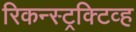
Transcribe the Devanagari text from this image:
रिकन्स्ट्रक्टिव्ह